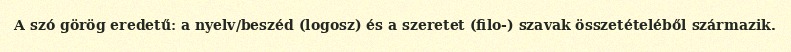
A szó görög eredetű: a nyelv/beszéd (logosz) és a szeretet (filo-) szavak összetételéből származik.